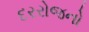
દરરોજનો